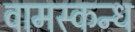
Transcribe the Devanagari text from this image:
वामस्कन्ध